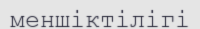
меншіктілігі